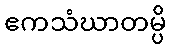
ဧကသံဃာတမ္ပိ